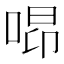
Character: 𠵫